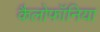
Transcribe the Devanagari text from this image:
कैलोफॉनिया